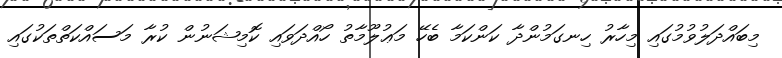
މިބައްދަލުވުމުގައި މިހާރު ހިނގަމުންދާ ކަންކަމާ ބެހޭ މަޢުލޫމާތު ހޯއްދަވައި ކޮމިޝަނުން ކުރާ މަސައްކަތްތަކުގައި